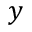
y